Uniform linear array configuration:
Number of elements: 12
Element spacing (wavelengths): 1
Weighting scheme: hamming
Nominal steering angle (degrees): -15
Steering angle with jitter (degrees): -13.277
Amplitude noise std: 0.05
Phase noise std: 0.05

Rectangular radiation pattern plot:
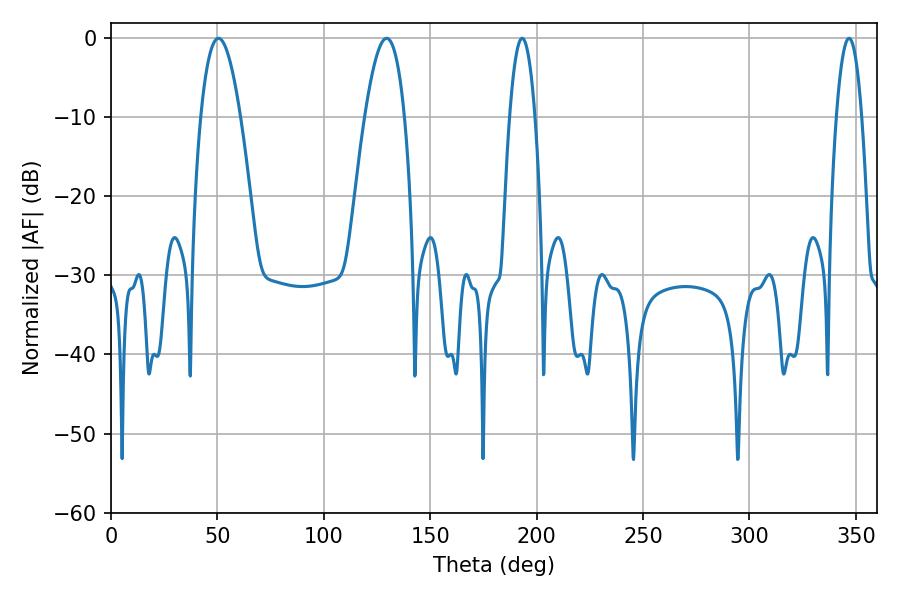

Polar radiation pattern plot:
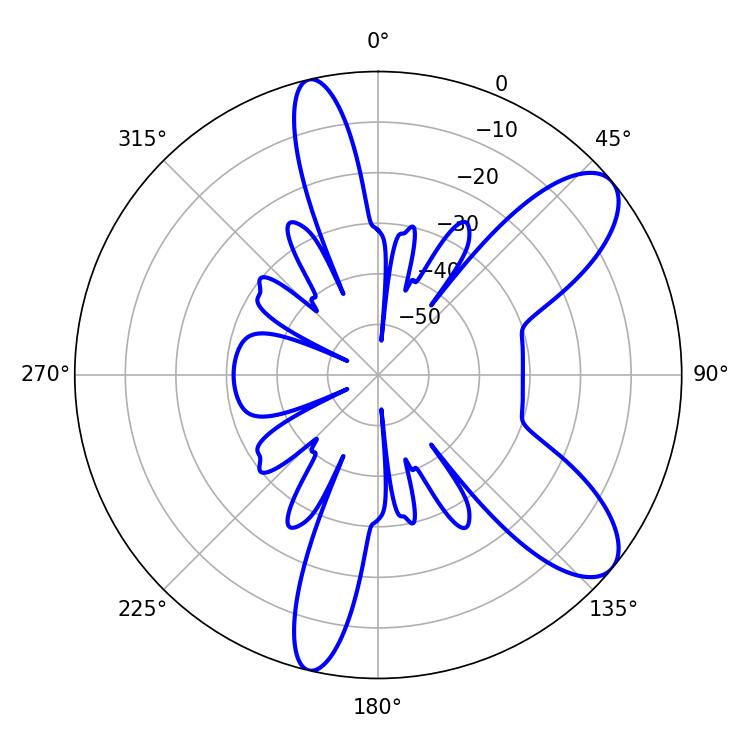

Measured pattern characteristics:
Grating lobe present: TRUE
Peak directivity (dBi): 9.171
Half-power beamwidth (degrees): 10.26
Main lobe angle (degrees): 50.58